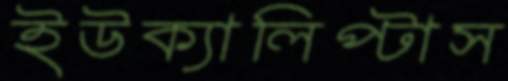
ইউক্যালিপ্টাস